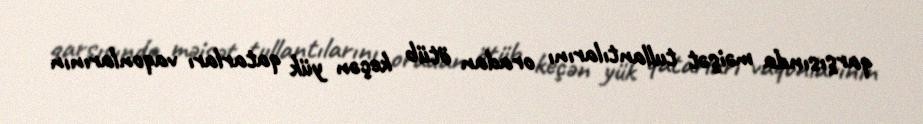
qarşısında məişət tullantılarını oradan ötüb keçən yük qatarları vaqonlarının